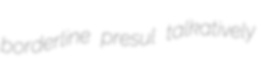
borderline presul talkatively